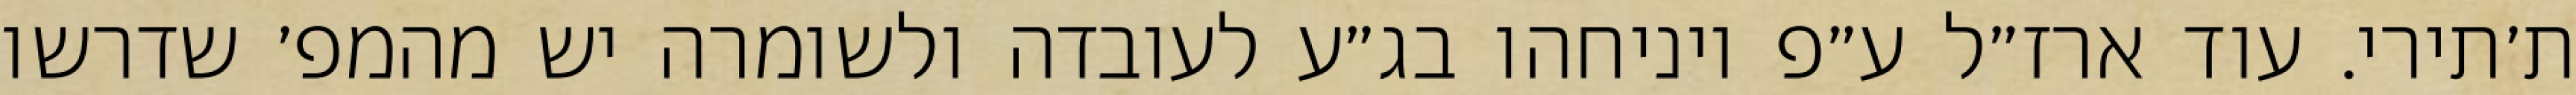
ת׳תירי. עוד ארז״ל ע״פ ויניחהו בג״ע לעובדה ולשומרה יש מהמפ׳ שדרשו